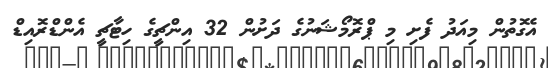
އެގޮތުން މިއަދު ފެށި މި ޕްރޮމޯޝަނުގެ ދަށުން 32 އިންޗީގެ ހިޓާޗީ އެންޑްރޮއިޑް